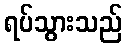
ရပ်သွားသည်